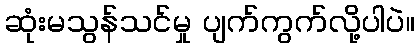
ဆုံးမသွန်သင်မှု ပျက်ကွက်လို့ပါပဲ။